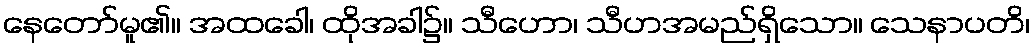
နေတော်မူ၏။ အထခေါ၊ ထိုအခါ၌။ သီဟော၊ သီဟအမည်ရှိသော။ သေနာပတိ၊